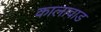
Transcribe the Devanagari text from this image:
कालावाड